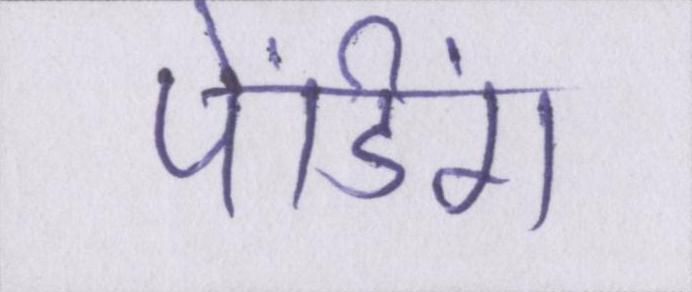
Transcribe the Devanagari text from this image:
पेंडिंग